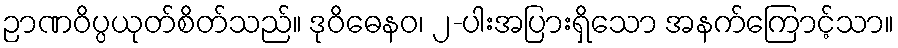
ဉာဏဝိပ္ပယုတ်စိတ်သည်။ ဒုဝိဓေနဝ၊ ၂-ပါးအပြားရှိသော အနက်ကြောင့်သာ။